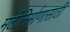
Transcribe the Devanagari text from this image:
मठीनिर्माणासाठी